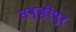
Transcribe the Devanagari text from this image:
सब्ज़ीपुर